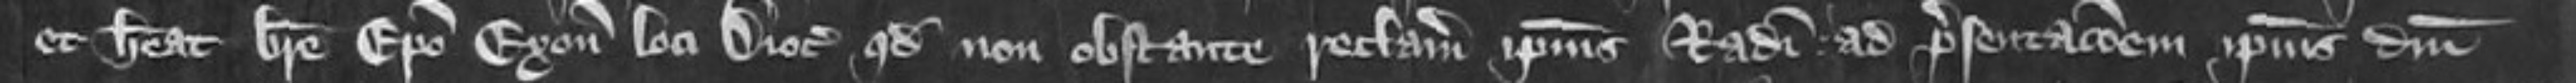
et habeat breve Episcopo Exonie loci Diocesano quod non obstante reclamatione ipsius Radulphi ad presentationem ipsius domini